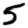
Digit: 5